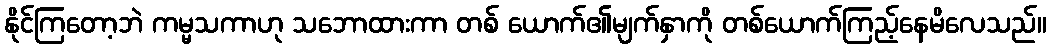
နိုင်ကြတော့ဘဲ ကမ္မသကာဟု သဘောထားကာ တစ် ယောက်၏မျက်နှာကို တစ်ယောက်ကြည့်နေမိလေသည်။